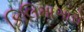
કિલિમાઞારો